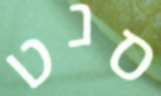
סנט